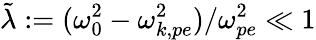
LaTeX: \tilde{\lambda}:=(\omega_{0}^{2}-\omega_{k,pe}^{2})/\omega_{pe}^{2}\ll 1